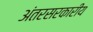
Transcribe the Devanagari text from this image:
अंतरसरकारीय